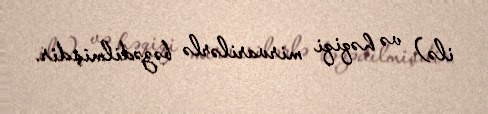
ilə) və həqiqi mirvarilərlə bəzədilmişdir.